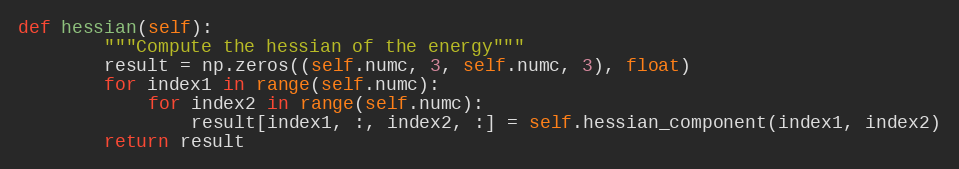
Language: Python
def hessian(self):
        """Compute the hessian of the energy"""
        result = np.zeros((self.numc, 3, self.numc, 3), float)
        for index1 in range(self.numc):
            for index2 in range(self.numc):
                result[index1, :, index2, :] = self.hessian_component(index1, index2)
        return result